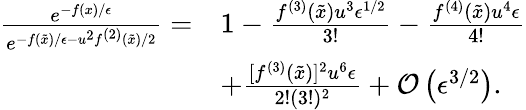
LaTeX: \begin{array}{rl}{\frac{e^{-f(x)/\epsilon}}{e^{-f(\tilde{x})/\epsilon-{u^{2}f^{(2)}(\tilde{x})}/{2}}}=}&{1-\frac{f^{(3)}(\tilde{x})u^{3}\epsilon^{1/2}}{3!}-\frac{f^{(4)}(\tilde{x})u^{4}\epsilon}{4!}}\\ &{+\frac{[f^{(3)}(\tilde{x})]^{2}u^{6}\epsilon}{2!(3!)^{2}}+\mathcal{O}\left(\epsilon^{3/2}\right).}\end{array}